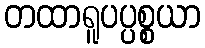
တထာရူပပ္ပစ္စယာ